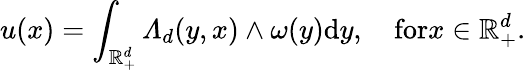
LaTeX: u(x)=\int_{\mathbb{R}_{+}^{d}}\varLambda_{d}(y,x)\wedge\omega(y)\mathrm{d}y,\quad\textrm{for}x\in\mathbb{R}_{+}^{d}.